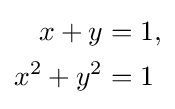
{\begin{aligned}x+y&=1,\\x^{2}+y^{2}&=1\end{aligned}}